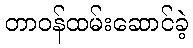
တာဝန်ထမ်းဆောင်ခဲ့